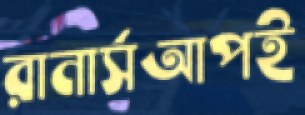
রানার্সআপই